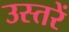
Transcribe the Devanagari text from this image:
उस्तरें